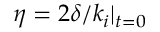
\eta = 2 \delta / k _ { i } | _ { t = 0 }